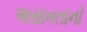
અસાનતાનો